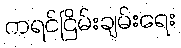
ကရင်ငြိမ်းချမ်းရေး